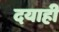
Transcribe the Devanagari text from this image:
दयाही